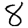
Digit: 8